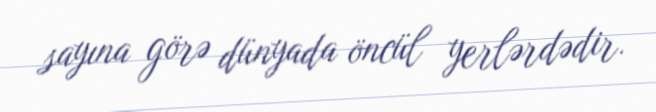
sayına görə dünyada öncül yerlərdədir.